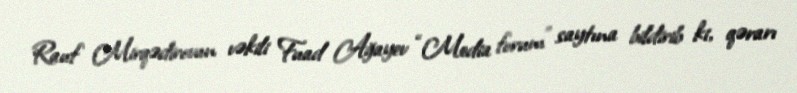
Rauf Mirqədirovun vəkili Fuad Ağayev “Media forum” saytına bildirib ki, qərarı